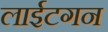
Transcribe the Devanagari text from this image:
लाईटगन